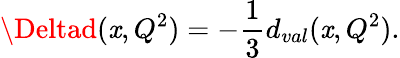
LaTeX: \Deltad(\mathit{x},Q^{2})=-{\frac{{1}}{{3}}}d_{val}(\mathit{x},Q^{2}).